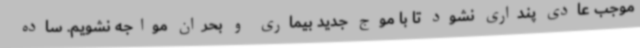
موجب عادی پنداری نشود تا با موج جدید بیماری و بحران مواجه نشویم. ساده